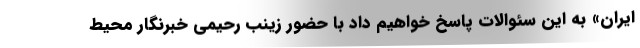
ایران» به این سئوالات پاسخ خواهیم داد با حضور زینب رحیمی خبرنگار محیط